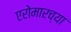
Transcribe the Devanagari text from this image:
एरोमारच्या